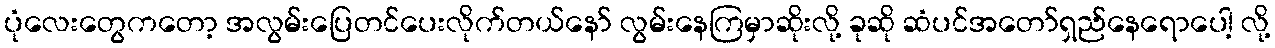
ပုံလေးတွေကတော့ အလွမ်းပြေတင်ပေးလိုက်တယ်နော် လွမ်းနေကြမှာဆိုးလို့ ခုဆို ဆံပင်အတော်ရှည်နေရောပေါ့ လို့